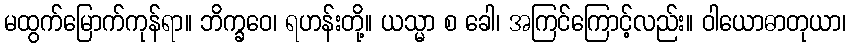
မထွက်မြောက်ကုန်ရာ။ ဘိက္ခဝေ၊ ရဟန်းတို့။ ယသ္မာ စ ခေါ၊ အကြင်ကြောင့်လည်း။ ဝါယောဓာတုယာ၊